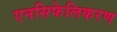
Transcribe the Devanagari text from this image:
एनसिफेलिकरण